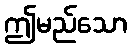
ဤမည်သော